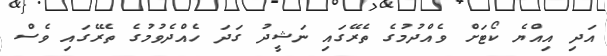
އަދި އިއްޔެ ކޯޓަށް ވެއްދުމުގެ ތެރޭގައި ނަޝީދު ގަދަ ހެއްދެވުމުގެ ތެރޭގައި ވެސް